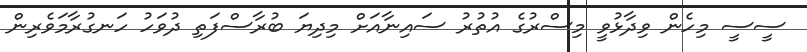
ސީސީ މިހެން ވިދާޅުވީ މިސްރުގެ އުތުރު ސައިނާއަށް މިދިޔަ ބުރާސްފަތި ދުވަހު ހަނގުރާމަވެރިން